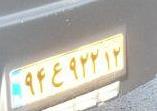
۹۴ع۹۲۲۱۲